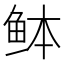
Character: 𫚏